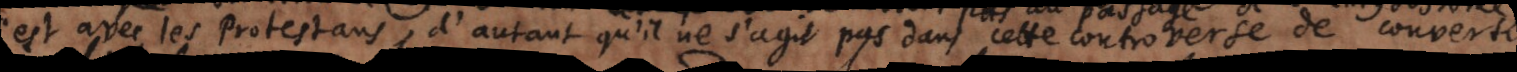
st avec les protestans, d’autant qu’il ne s’agit pas dans cette controverse de conver